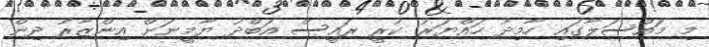
މި މައްސަލާގައި ހާމިދު ހައްޔަރު ކުރީ ރައީސް އަބްދު ޔާމީނަށް އިންޒާރު ދިން